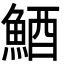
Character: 鯂